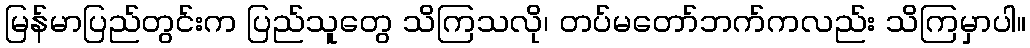
မြန်မာပြည်တွင်းက ပြည်သူတွေ သိကြသလို၊ တပ်မတော်ဘက်ကလည်း သိကြမှာပါ။